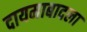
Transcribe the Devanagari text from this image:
दायमाबादला